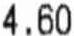
4.60